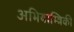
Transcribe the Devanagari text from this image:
अभियाम्त्रिकी